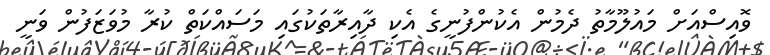
ވޮއިސްއަށް މައުލޫމާތު ދެމުން އެކުންފުނީގެ އެކި ދާއިރާތަކުގައި މަސައްކަތް ކުރާ މުވަޒަފުން ވަނީ